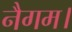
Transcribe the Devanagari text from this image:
नैगम।